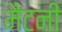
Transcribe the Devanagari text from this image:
मैटनी